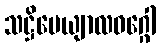
သဋ္ဌိပေယျာလဝဂ္ဂေါ